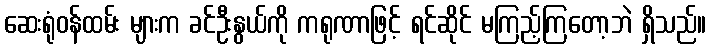
ဆေးရုံဝန်ထမ်း များက ခင်ဦးနွယ်ကို ကရုဏာဖြင့် ရင်ဆိုင် မကြည့်ကြတော့ဘဲ ရှိသည်။